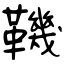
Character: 鞿